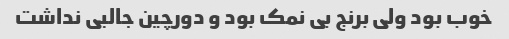
خوب بود ولی برنج بی نمک بود و دورچین جالبی نداشت